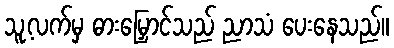
သူ့လက်မှ ဓားမြှောင်သည် ညာသံ ပေးနေသည်။